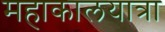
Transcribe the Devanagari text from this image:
महाकालयात्रा